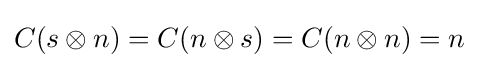
C(s\otimes n)=C(n\otimes s)=C(n\otimes n)=n